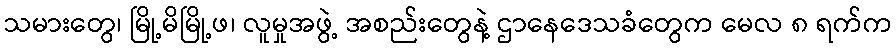
သမားတွေ၊ မြို့မိမြို့ဖ၊ လူမှုအဖွဲ့ အစည်းတွေနဲ့ ဌာနေဒေသခံတွေက မေလ ၈ ရက်က